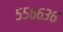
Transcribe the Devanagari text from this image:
५५६६३६